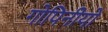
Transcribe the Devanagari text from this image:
गोपिनीयो